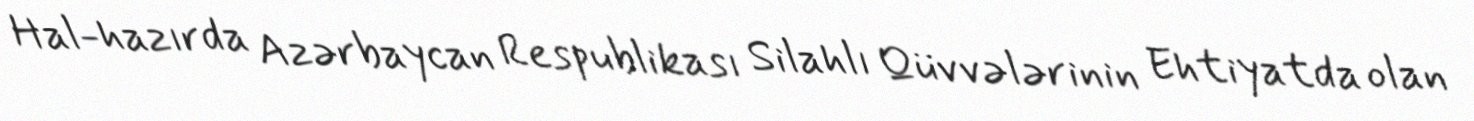
Hal-hazırda Azərbaycan Respublikası Silahlı Qüvvələrinin Ehtiyatda olan